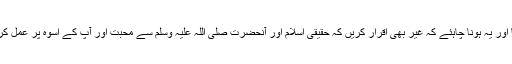
پس یہ ہے حسن جماعت احمدیہ کا اور یہ ہونا چاہئے کہ غیر بھی اقرار کریں کہ حقیقی اسلام اور آنحضرت صلی اللہ علیہ وسلم سے محبت اور آپ کے اُسوہ پر عمل کرنے کی کوشش احمدی کرتے ہیں۔